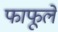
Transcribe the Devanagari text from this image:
फाफूले